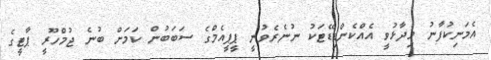
އެމަނިކުފާނު ވިދާޅުވީ އެއްކެންޑިޑޭޓަކު ނުނެރެވުނީ ޕީޕީއެމްގެ ސަބަބުން ކަމަށް ބުނެ ޖުމްހޫރީ ޕާޓީގެ